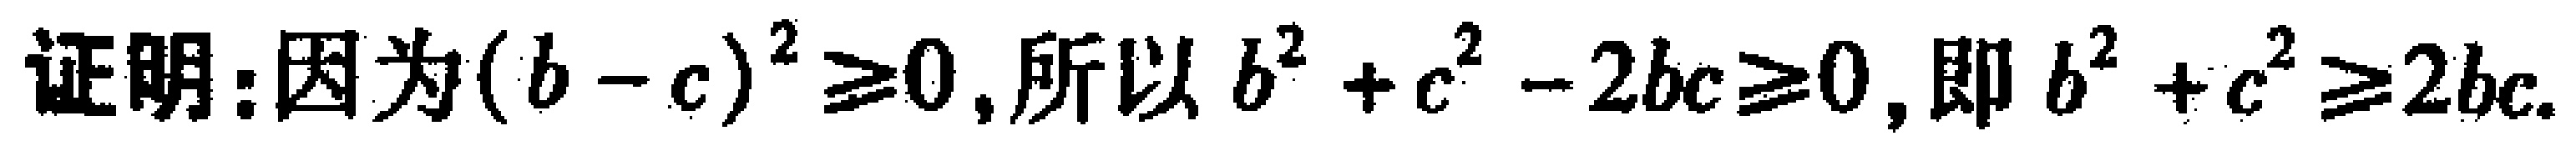
证明：因为\((b - c)^2 \geq 0\)，所以\(b^2 + c^2 - 2bc \geq 0\)，即\(b^2 + c^2 \geq 2bc\)。